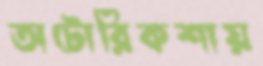
অটোরিকশায়